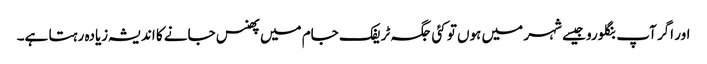
اور اگر آپ بنگلورو جیسے شہر میں ہوں تو کئی جگہ ٹریفک جام میں پھنس جانے کا اندیشہ زیادہ رہتا ہے۔